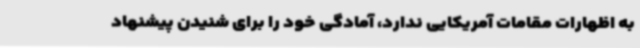
به اظهارات مقامات آمریکایی ندارد، آمادگی خود را برای شنیدن پیشنهاد